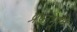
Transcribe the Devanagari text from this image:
प्रष्‍ठभूमि